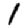
Digit: 1